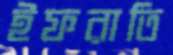
ইফরাতি